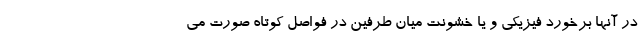
در آنها برخورد فیزیکی و یا خشونت میان طرفین در فواصل کوتاه صورت می